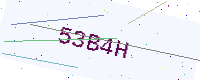
Text: 53B4H